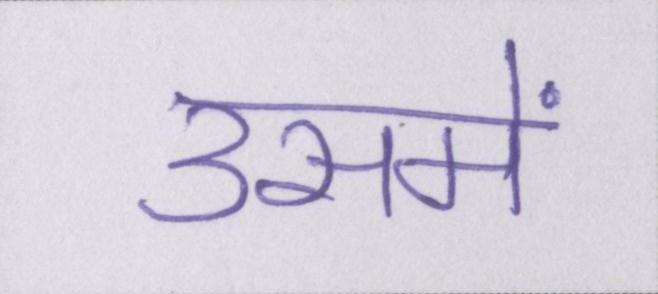
उसमें